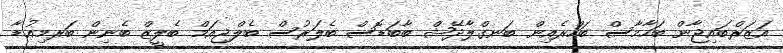
އަޒަރްބައިޖާން ބަހާމާސް ބަހްރެއިން ބަނގްލާދޭޝް ބާބަޑޮސް ބެލަރުސް ބެލްޖިއަމް ބެލީޒް ބެނިން ބަރމިއުޑާ